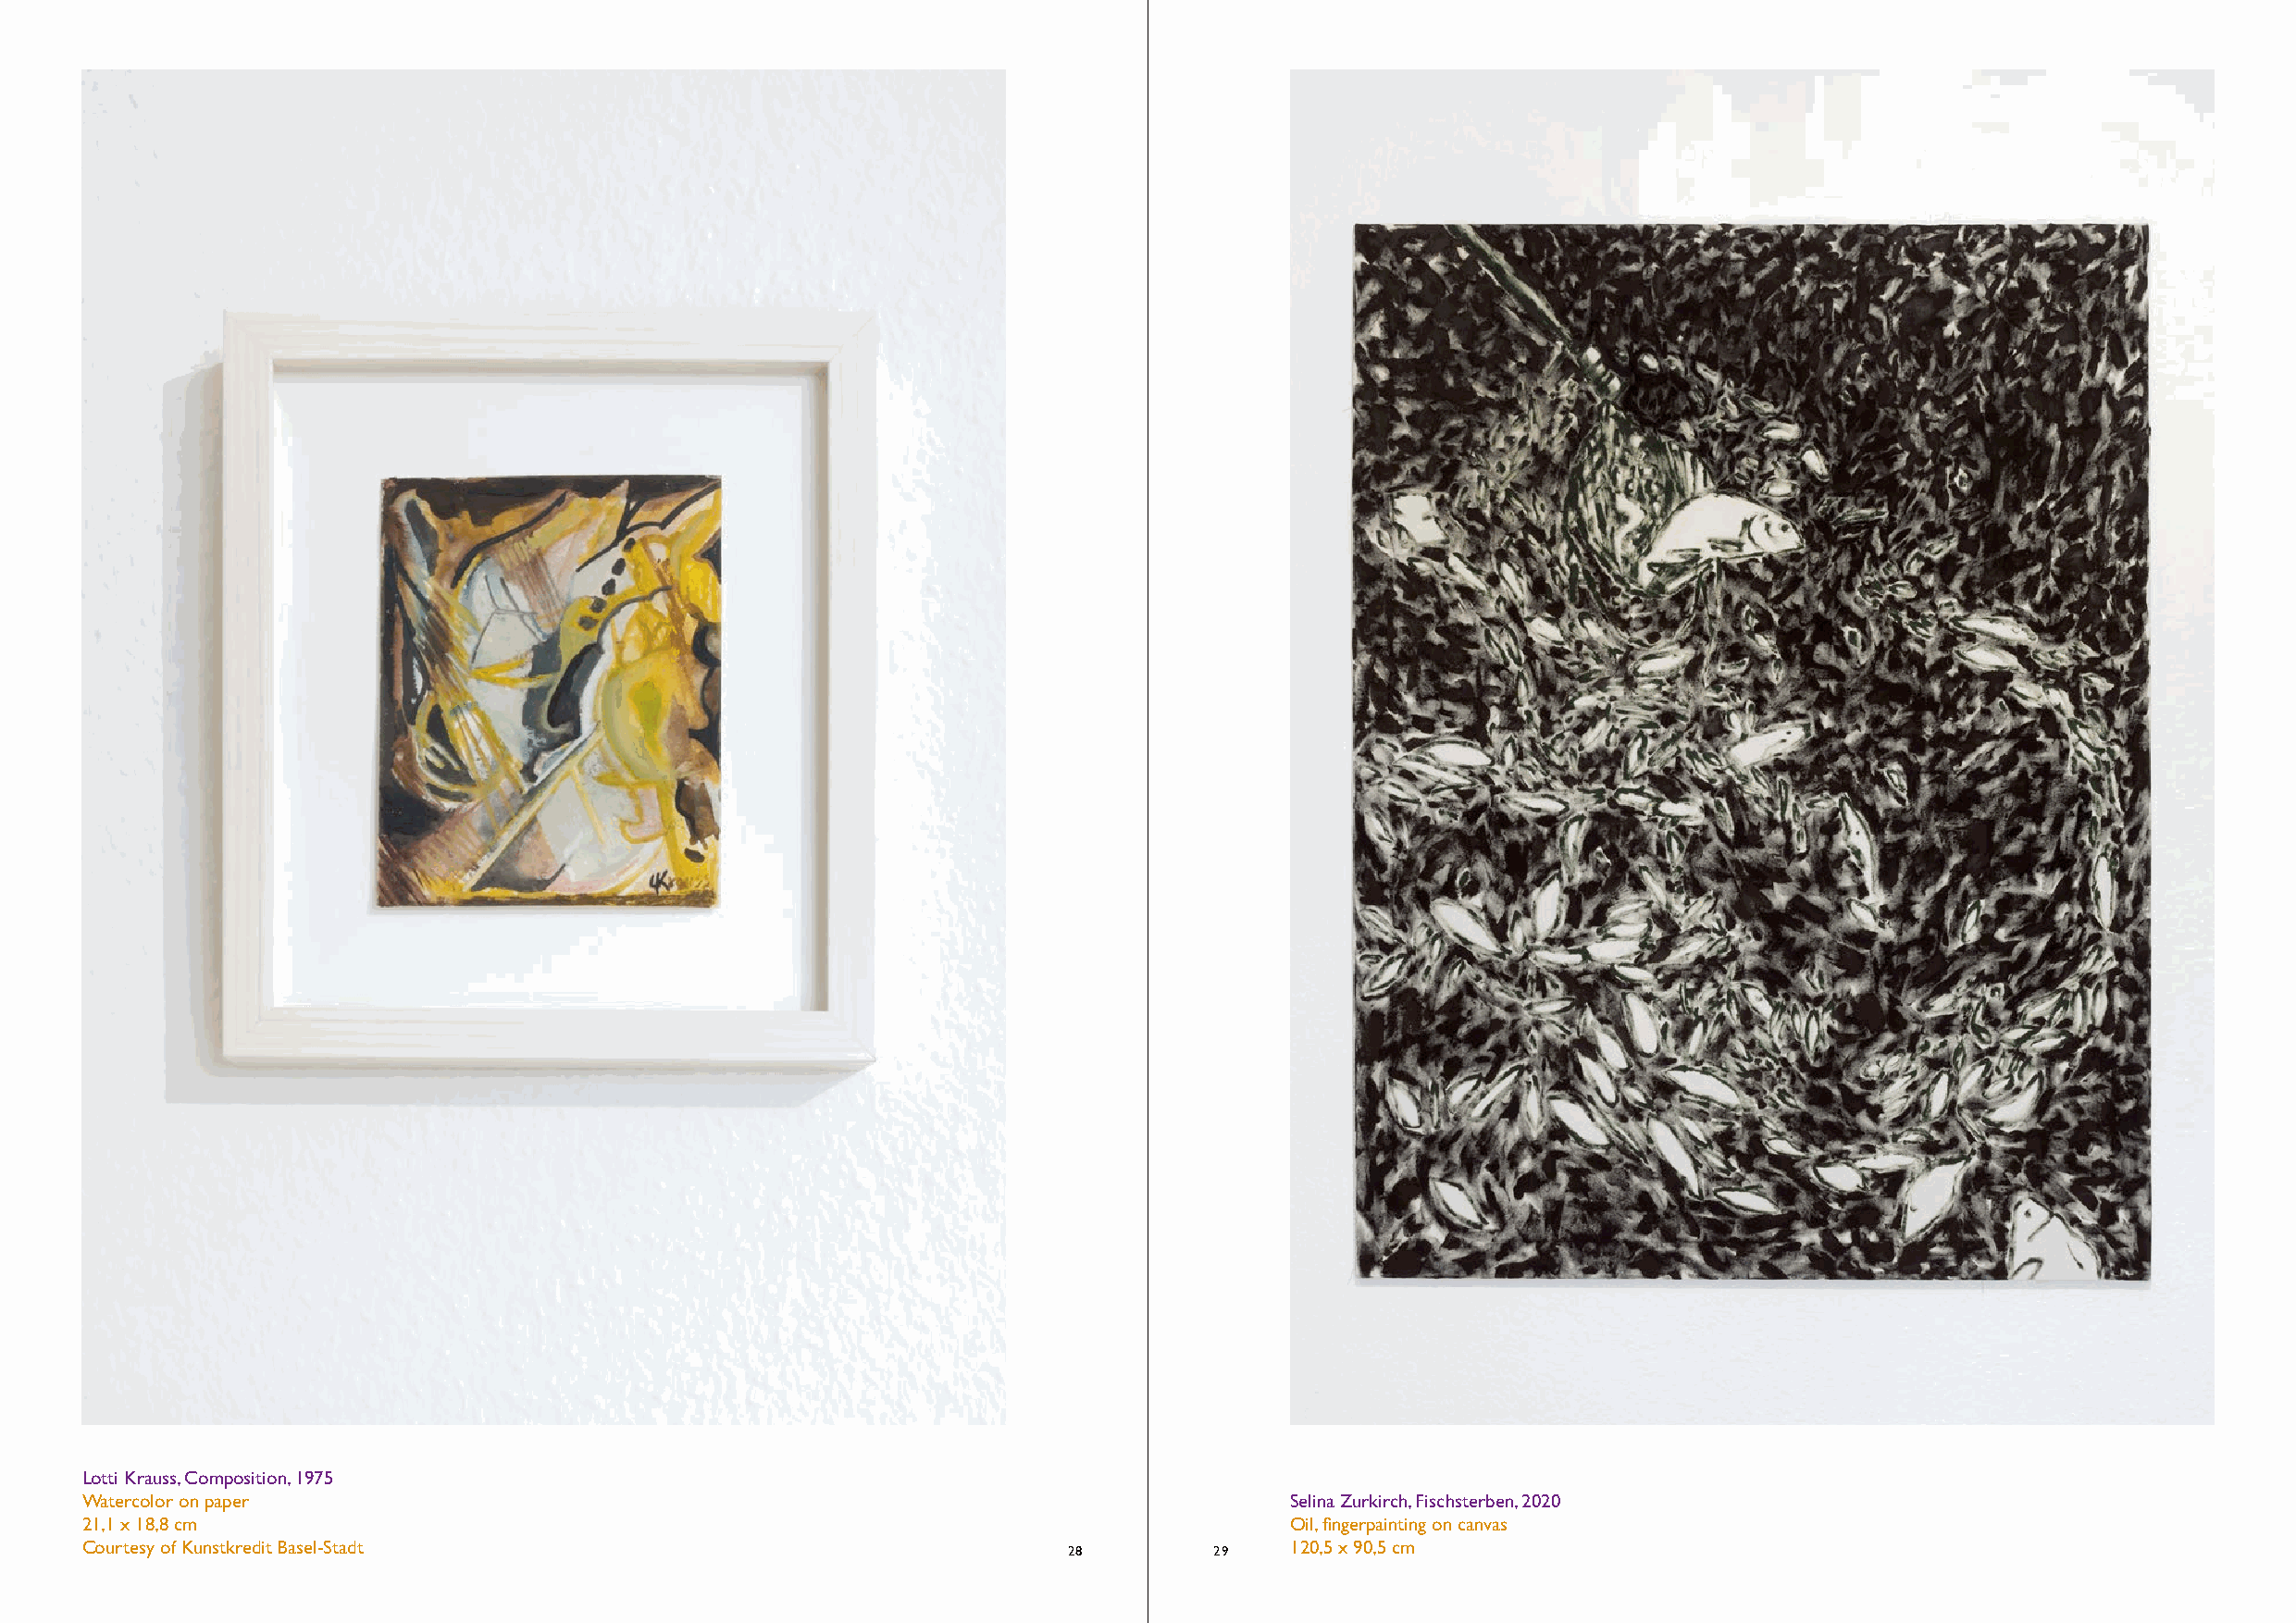
Lotti Krauss, Composition, 1975
 Watercolor on paper                                                                   Selina Zurkirch, Fischsterben, 2020
 21,1 x 18,8 cm                                                                        Oil, fingerpainting on canvas
 Courtesy of Kunstkredit Basel-Stadt                                                   120,5 x 90,5 cm
 28         29